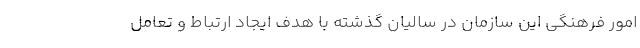
امور فرهنگی این سازمان در سالیان گذشته با هدف ایجاد ارتباط و تعامل